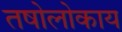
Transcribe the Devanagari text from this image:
तषोलोकाय